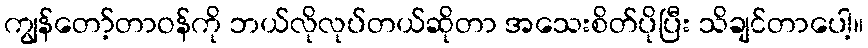
ကျွန်တော့်တာဝန်ကို ဘယ်လိုလုပ်တယ်ဆိုတာ အသေးစိတ်ပိုပြီး သိချင်တာပေါ့။